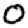
Digit: 0